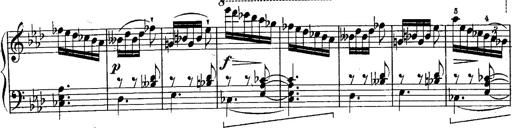
Title: Schubert's Impromptus [revised and edited by Franz Liszt]
Composer: Franz Liszt